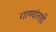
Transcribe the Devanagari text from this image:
गाण्यांतही